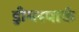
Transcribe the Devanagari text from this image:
ड्रीमस्पार्क